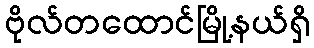
ဗိုလ်တထောင်မြို့နယ်ရှိ